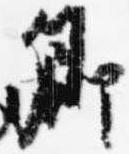
卿